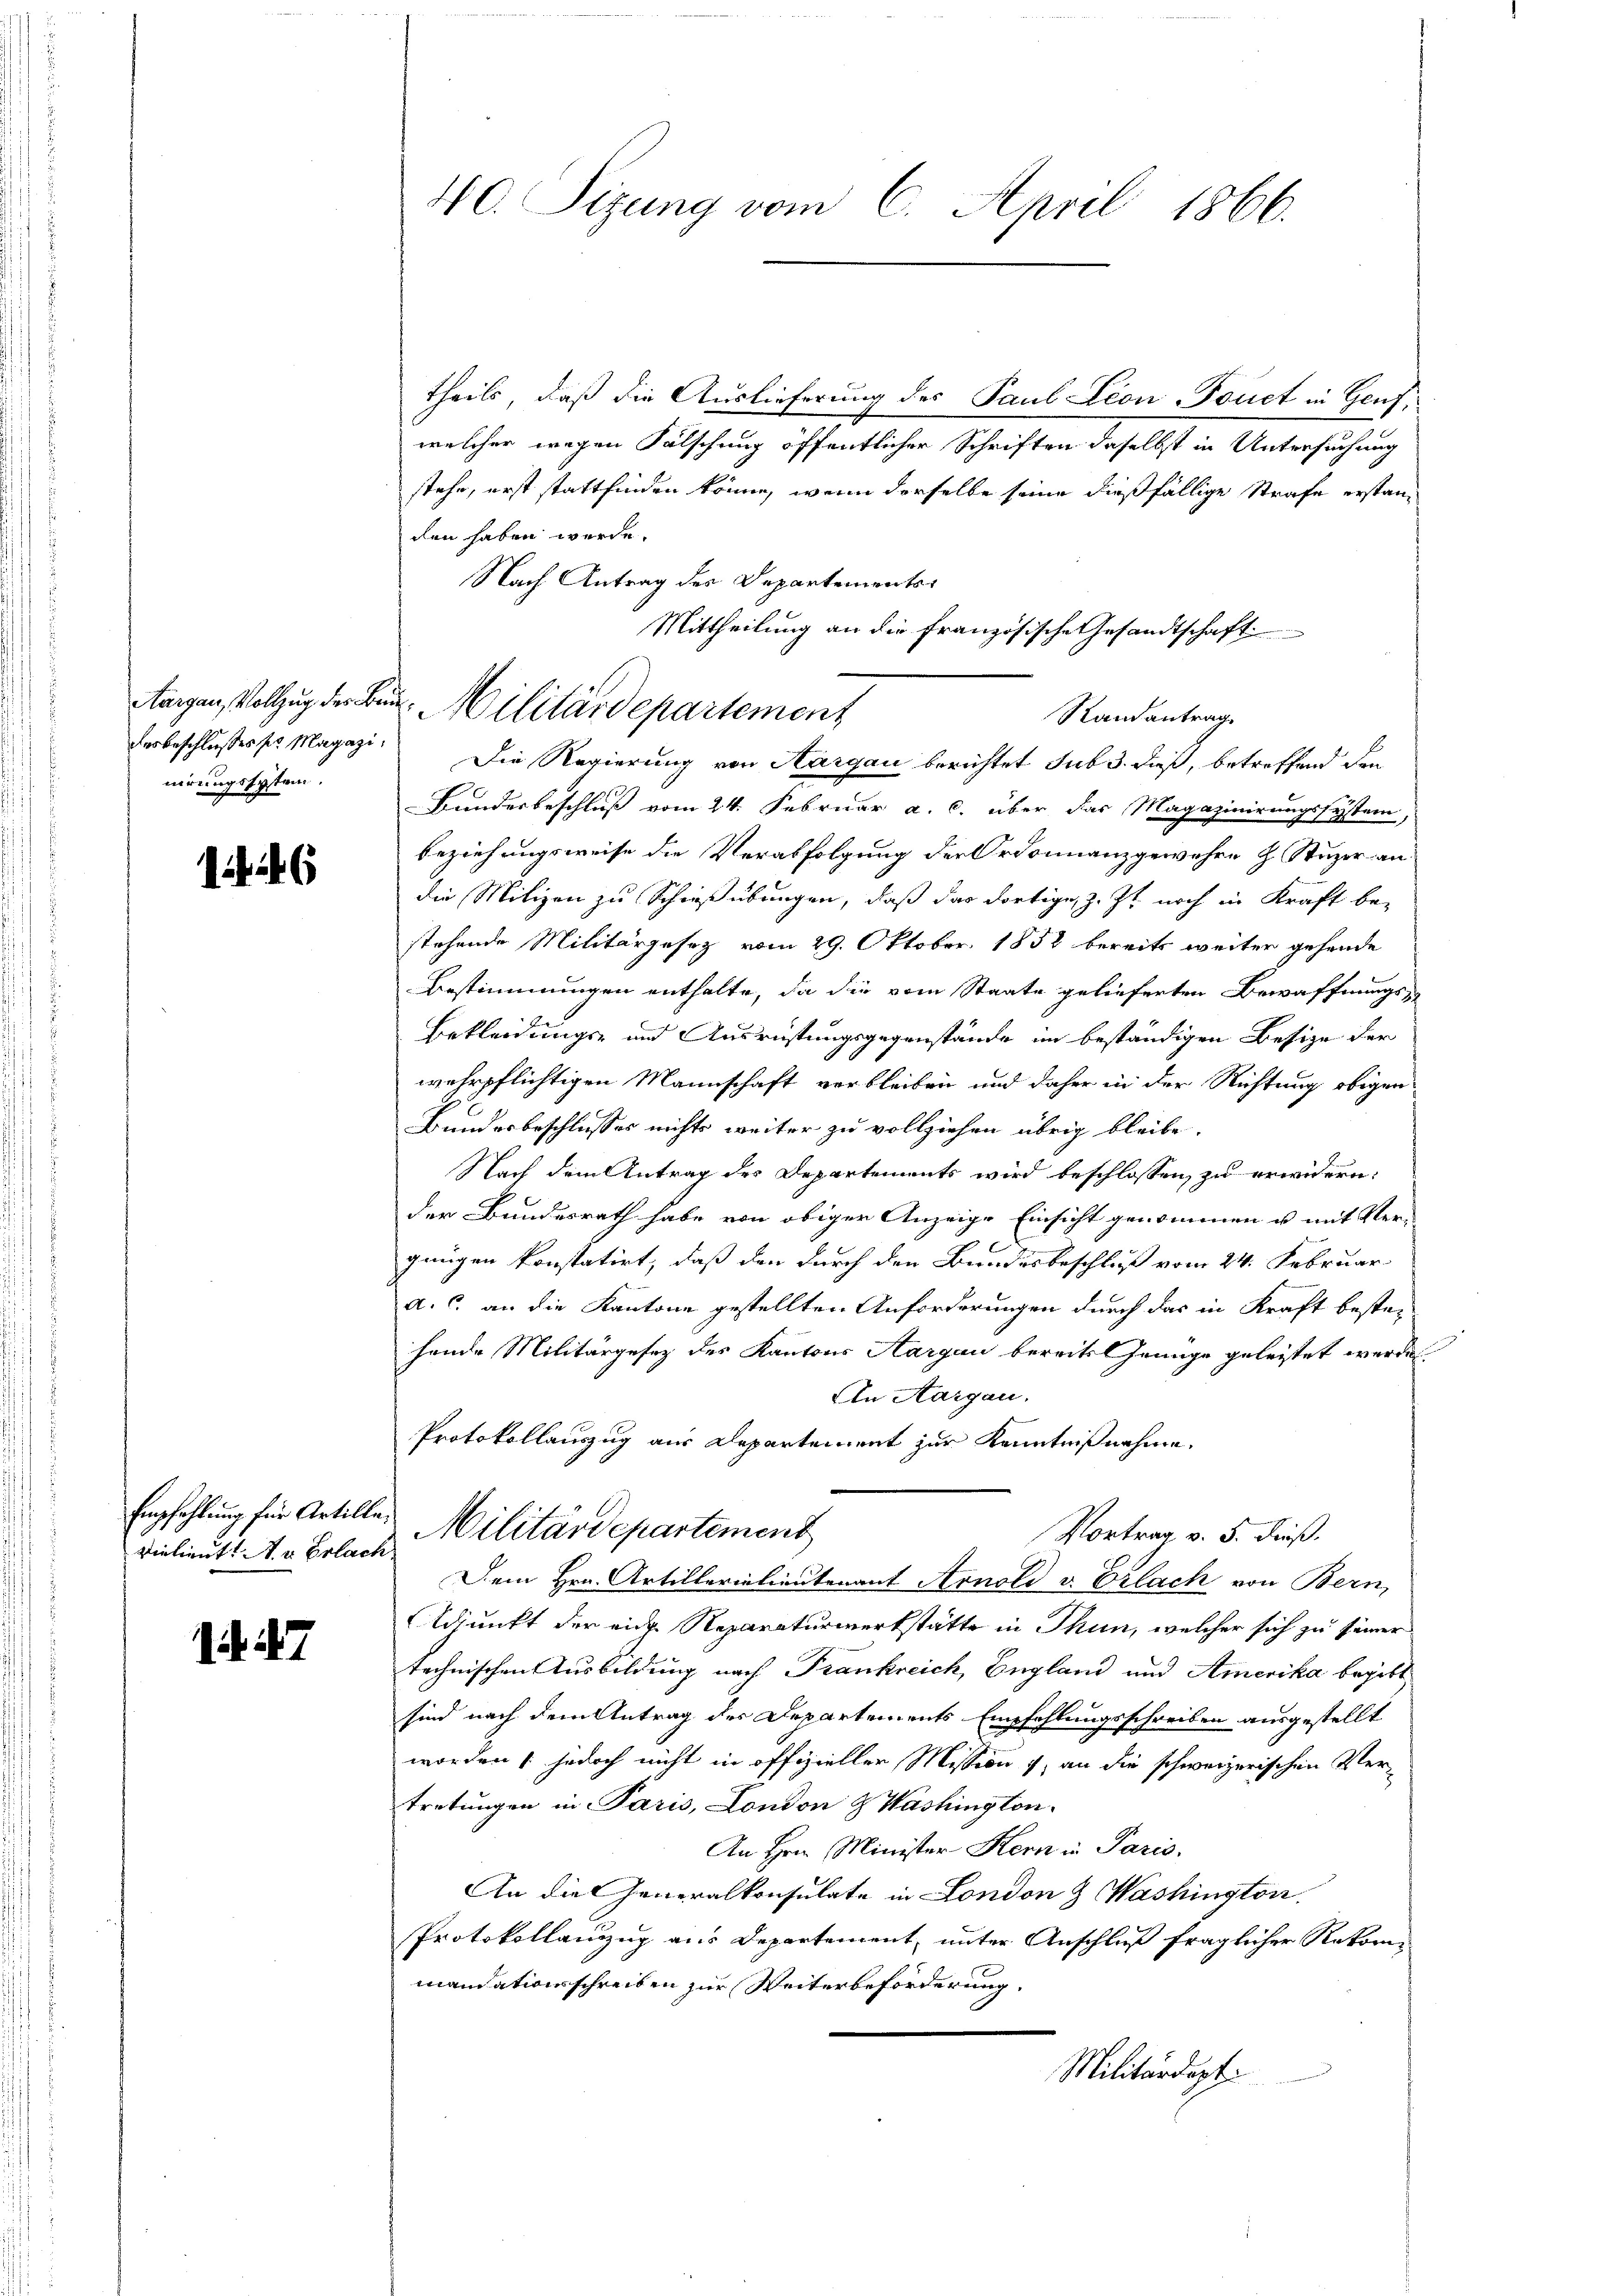
nirungssystem.

6

vie lieut. A. v. Erlach.

7

theils, daß die Auslieferung des Paul Leon-Fonet in Genf,
welcher wegen Fälschung öffentlicher Schriften daselbst in Untersuchung
stehe, erst stattfinden könne, wenn derselbe seine dießfällige Strafe erstanden haben werde.
Nach Antrag des Departements¬
Mittheilung an die französische Gesandtschaft
ferbeschlusses sr. Magazi. Die Regierung von Aargau berichtet sub 3. dieß, betreffend den
Bundesbeschluß vom 24. Februar a. c. über das Magazinirungssystem,
beziehungsweise die Verabfolgung der Ordonnanzgewehre H. Stuzer an
die Milizen zu Schießübungen, daß das dortige, z. Zt. noch in Kraft be-
stehende Militärgesez vom 29. Oktober 1858 bereits weiter gehende
Bestimmungen enthalte, da die vom Staate gelieferten Bewaffnungs¬
Bekleidungs- und Ausrüstungsgegenstände im beständigen Besize der
wehrpflichtigen Mannschaft verbleiben und daher in der Richtung obigen
Bundesbeschlusses nichts weiter zu vollziehen übrig bleibe.
Nach dem Antrag des Departements wird beschlossen, zu erwidern:
der Bundesrath habe von obiger Anzeige Einsicht genommen u. mit Vergnügen konstatirt, daß den durch den Bundesbeschluß vom 24. Februar
a. c. an die Kantone gestellten Anforderungen durch das in Kraft beste-
hende Militärgesetz des Kantons Aargau bereits Genüge geleistet werden.
An Aargau.
Protokollauszug aus Departement zur Kenntnißnahme.
Empfehlung für Artille. Militärdepartement
Vortrag v. 5. dieß.
Dem Hrn. Artillerielieutenant Arnold v. Erlach von Bern,
Adjunkt der eide Reparaturwerkstätte in Thun, welcher sich zu seiner
technischen Ausbildung nach Frankreich, England und Amerika begibt
sind nach dem Antrag des Departements Empfehlungsschreiben ausgestellt
worden ; jedoch nicht in offiziellen Mission & an die schweizerischen Vertretungen in Paris, London & Washington.
An Hrn. Minister Hern in Paris.
An die Generalkonsulate in London & Washington.
Protokollanzug aus Departement, unter Anschluß fraglicher Rekorimandationsschreiben zur Weiterbeförderung.
Militärdept.

40. Sizung vom 6. April 1866.

Aargen, Vollzug der Bun. Militärdepartement

Randantrag.